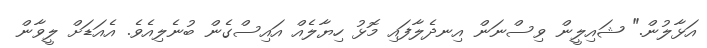
އަޅާލުން." ޝައިލީން ވިސްނަން އިނދެލާފައި މޮޅު ހިޔާލެއް އައިސްގެން ބުނެލިއެވެ. އެއަޑަށް ލީވާން